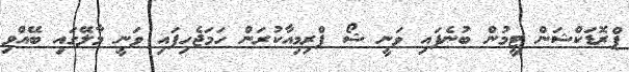
ޕްރޮޑަކްޝަން ޓީމުން ބުނެފައި ވަނީ ޝޯ ޕްރިމިއާކުރަން ހަމަޖެހިފައި ވަނީ މާލޭގައި ބޭއްވި